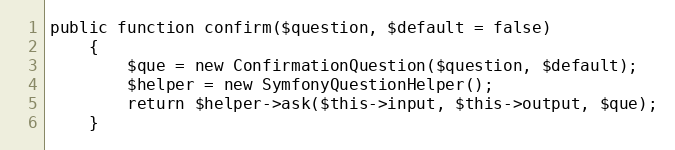
Language: PHP
public function confirm($question, $default = false)
    {
        $que = new ConfirmationQuestion($question, $default);
        $helper = new SymfonyQuestionHelper();
        return $helper->ask($this->input, $this->output, $que);
    }